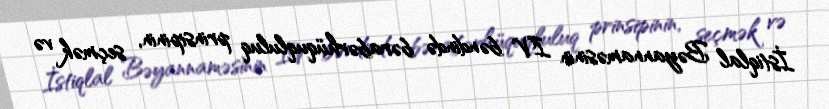
İstiqlal Bəyannaməsinin IV bəndində bərabərhüquqluluq prinsipinin, seçmək və